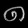
Digit: ၈